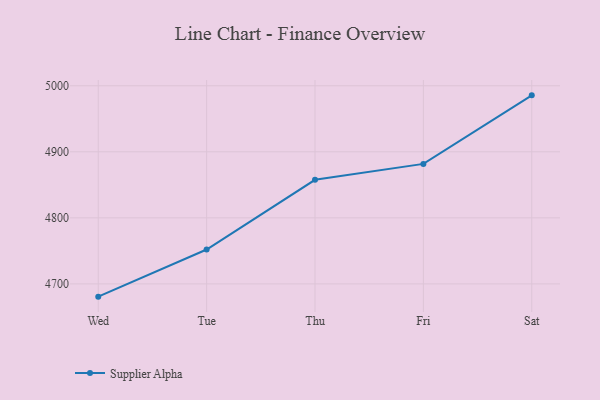
{"axis": {"x": "Day", "y": "Humidity (%)"}, "legend": ["Supplier Alpha"], "data": [{"x": "Wed", "y": 4680.7, "type": "Supplier Alpha"}, {"x": "Tue", "y": 4752.1, "type": "Supplier Alpha"}, {"x": "Thu", "y": 4857.6, "type": "Supplier Alpha"}, {"x": "Fri", "y": 4881.7, "type": "Supplier Alpha"}, {"x": "Sat", "y": 4985.5, "type": "Supplier Alpha"}]}